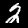
Digit: 2